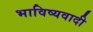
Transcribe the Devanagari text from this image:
भाविष्यवादी